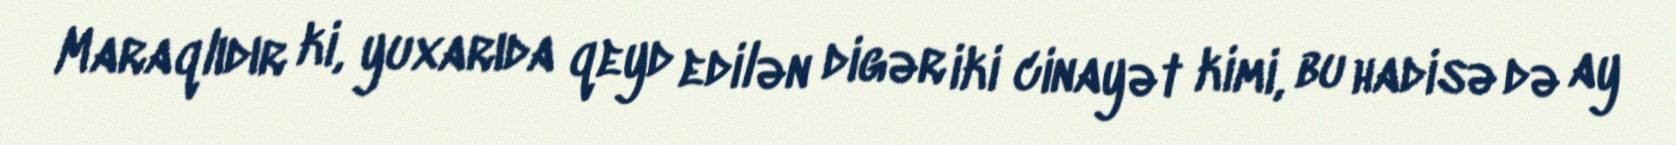
Maraqlıdır ki, yuxarıda qeyd edilən digər iki cinayət kimi, bu hadisə də ay